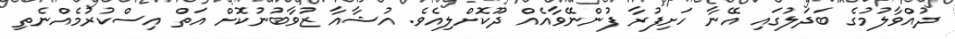
ދުއްވާލުމުގެ ބަދަލުގައި އޭނާ ހަށިފުރާ ފުންނޭވާއެއް ދޫކޮށްލިއެވެ. އުޝާއާ ޒުވާބުނުކޮށް އަތް އިސްކުރުމެއްނެތި